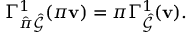
\Gamma _ { \hat { \pi } \hat { \mathcal { G } } } ^ { 1 } ( \pi \mathbf { v } ) = \pi \Gamma _ { \hat { \mathcal { G } } } ^ { 1 } ( \mathbf { v } ) .